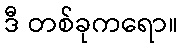
ဒီ တစ်ခုကရော။